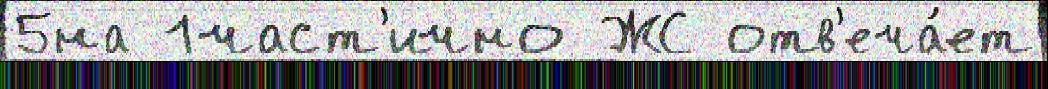
5на 1част'ично ЖС отв'еча́ет